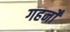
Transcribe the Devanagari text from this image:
गहनोँ